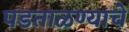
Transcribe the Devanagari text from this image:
पडताळण्याचे